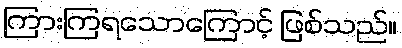
ကြားကြရသောကြောင့် ဖြစ်သည်။